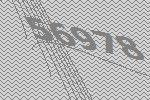
56978